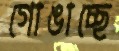
গোঙাচ্ছে